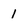
Character: 1